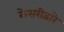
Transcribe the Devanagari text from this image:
केसरीद्वारे